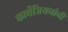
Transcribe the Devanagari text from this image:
कार्थेजियनांनीं